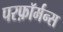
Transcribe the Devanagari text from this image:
परफ़ॉर्मन्स